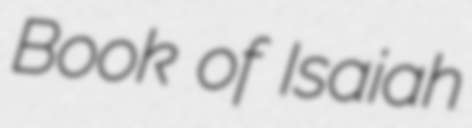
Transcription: Book of Isaiah